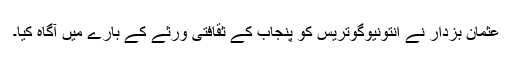
عثمان بزدار نے انتونیوگوتریس کو پنجاب کے ثقافتی ورثے کے بارے میں آگاہ کیا۔